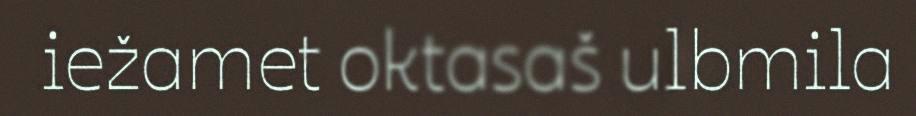
iežamet oktasaš ulbmila